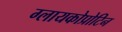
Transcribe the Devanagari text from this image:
ग्लायकोप्रोटिन